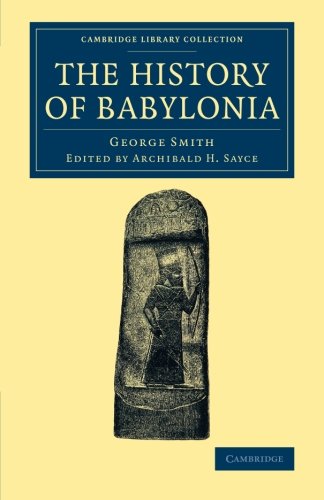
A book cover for The History of Babylonia (Cambridge Library Collection - Archaeology); George Smith; Science & Math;